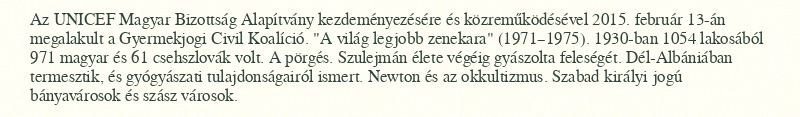
Az UNICEF Magyar Bizottság Alapítvány kezdeményezésére és közreműködésével 2015. február 13-án megalakult a Gyermekjogi Civil Koalíció. "A világ legjobb zenekara" (1971–1975). 1930-ban 1054 lakosából 971 magyar és 61 csehszlovák volt. A pörgés. Szulejmán élete végéig gyászolta feleségét. Dél-Albániában termesztik, és gyógyászati tulajdonságairól ismert. Newton és az okkultizmus. Szabad királyi jogú bányavárosok és szász városok.